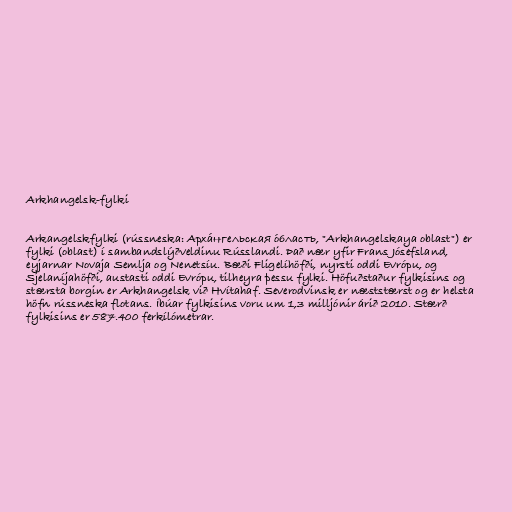
Arkhangelsk-fylki

Arkangelskfylki (rússneska: Арха́нгельская о́бласть, "Arkhangelskaya oblast") er
fylki (oblast) í sambandslýðveldinu Rússlandi. Það nær yfir Frans Jósefsland,
eyjarnar Novaja Semlja og Nenetsíu. Bæði Fligelíhöfði, nyrsti oddi Evrópu, og
Sjelaníjahöfði, austasti oddi Evrópu, tilheyra þessu fylki. Höfuðstaður fylkisins og
stærsta borgin er Arkhangelsk við Hvítahaf. Severodvinsk er næststærst og er helsta
höfn rússneska flotans. Íbúar fylkisins voru um 1,3 milljónir árið 2010. Stærð
fylkisins er 587.400 ferkílómetrar.